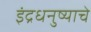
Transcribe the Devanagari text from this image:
इंद्रधनुष्याचे